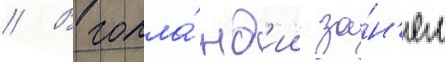
// В голла́нд'ии за́н'ял